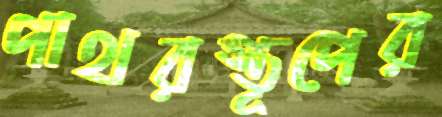
পাথরস্তূপের